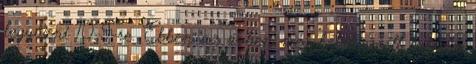
legyőzni 10-9-re. Ebben az évben még két kiemelt tornán